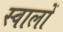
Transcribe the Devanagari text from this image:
स्वालों